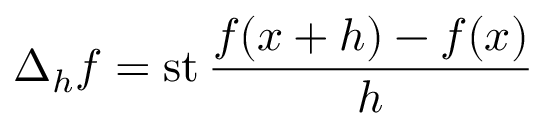
\Delta _ { h } f = \operatorname { s t } { \frac { f ( x + h ) - f ( x ) } { h } }